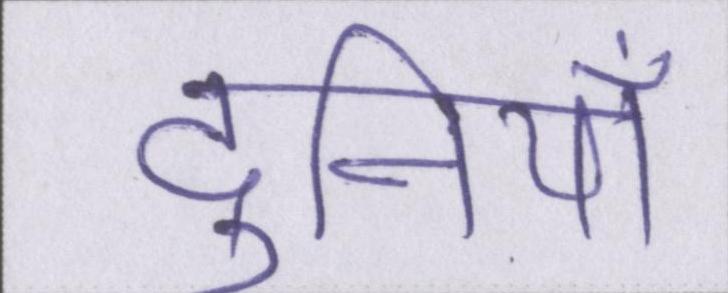
दुनियाँ